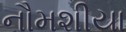
નૌમશીયા